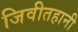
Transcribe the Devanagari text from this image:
जिवीतहानी